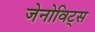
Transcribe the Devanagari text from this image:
जेनोविट्स